Report of an investigation of the epidemic of malarial fever in Assam, or, kala-azar
Disease focus: Malaria
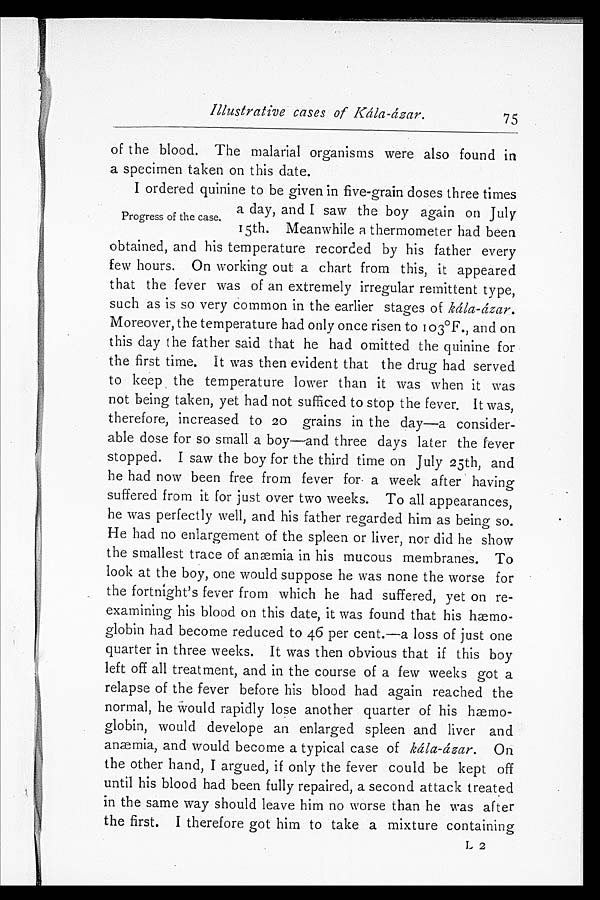
Illustrative cases of kála-ásar.
75
of the blood. The malarial organisms were also found in
a specimen taken on this date.
I ordered quinine to be given in five-grain doses three times
a day, and I saw the boy again on July
15th. Meanwhile a thermometer had been
obtained, and his temperature recorded by his father every
few hours. On working out a chart from this, it appeared
that the fever was of an extremely irregular remittent type,
such as is so very common in the earlier stages of kála-ázar.
Moreover, the temperature had only once risen to 103°F., and on
this day the father said that he had omitted the quinine for
the first time. It was then evident that the drug had served
to keep the temperature lower than it was when it was
not being taken, yet had not sufficed to stop the fever. It was,
therefore, increased to 20 grains in the day—a consider
-able dose for so small a boy—and three days later the fever
stopped. I saw the boy for the third time on July 25th, and
he had now been free from fever for a week after having
suffered from it for just over two weeks. To all appearances,
he was perfectly well, and his father regarded him as being so.
He had no enlargement of the spleen or liver, nor did he show
the smallest trace of anæmia in his mucous membranes. To
look at the boy, one would suppose he was none the worse for
the fortnight's fever from which he had suffered, yet on re
-examining his blood on this date, it was found that his hæmo
-globin had become reduced to 46 per cent.—a loss of just one
quarter in three weeks. It was then obvious that if this boy
left off all treatment, and in the course of a few weeks got a
relapse of the fever before his blood had again reached the
normal, he would rapidly lose another quarter of his hæmo
-globin, would develope an enlarged spleen and liver and
anæmia, and would become a typical case of kála-ázar. On
the other hand, I argued, if only the fever could be kept off
until his blood had been fully repaired, a second attack treated
in the same way should leave him no worse than he was after
the first. I therefore got him to take a mixture containing
L2
Progress of the case.